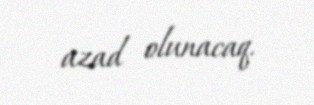
azad olunacaq.